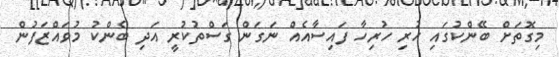
މިގޮތަށް ބޭންކުގައި ހުރި ހުރިހާ ފައިސާއެއް ނަގަން ގަސްތުކުރީ އަދި ބެންކު މުވައްޒަފުން